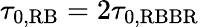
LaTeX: \tau_{0,\mathrm{RB}}=2\tau_{0,\mathrm{RBBR}}